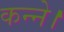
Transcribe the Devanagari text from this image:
कन्ने।